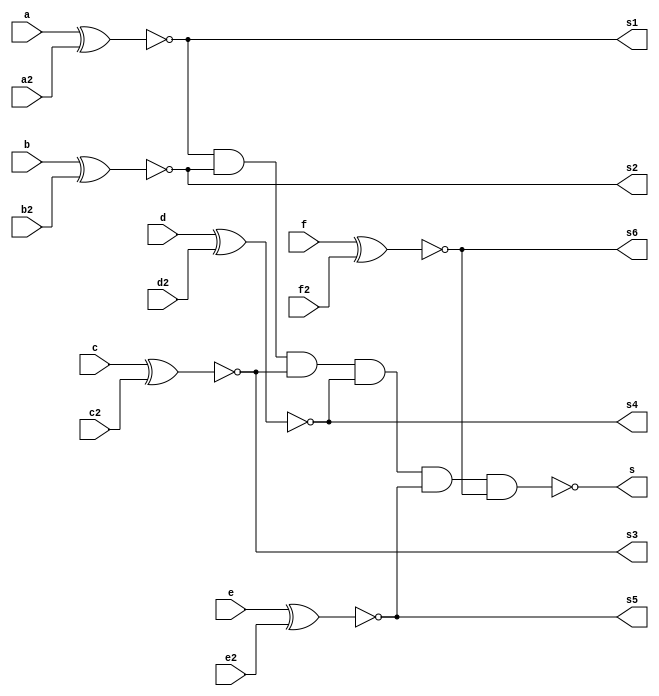
// ------------------------- 
// Exemplo0023 - COMPARADOR DE DIFERENA 
// Nome: Jorge Luis dos Santos Leal 
// ------------------------- 
// ------------------------- 
// comparador de Diferena
// ------------------------- 

module Comparador(a,b,c,d,e,f,a2,b2,c2,d2,e2,f2,s1,s2,s3,s4,s5,s6,s);
//-------Definio de dados
input a,b,c,d,e,f,a2,b2,c2,d2,e2,f2;
output s1,s2,s3,s4,s5,s6;
output s;

xnor Xnor01(s1,a,a2);
xnor Xnor02(s2,b,b2);
xnor Xnor03(s3,c,c2);
xnor Xnor04(s4,d,d2);
xnor Xnor05(s5,e,e2);
xnor Xnor06(s6,f,f2);
nand Nand01(s,s1,s2,s3,s4,s5,s6);
endmodule

module Exercicio03;

reg[5:0]a;
reg[5:0]b;
wire[5:0]s;
wire s0;

Comparador comp(a[0],a[1],a[2],a[3],a[4],a[5],b[0],b[1],b[2],b[3],b[4],b[5],s[0],s[1],s[2],s[3],s[4],s[5],s0);

initial begin

a = 010101;
b = 010101;


$display("Exercicio 04 - Jorge Luis dos Santos Leal");
$display("Comparador de Diferena");
$display("0 - a = b");
$display("1 - a != b");
$display("%b , %b - %b",a,b,s0);


end
endmodule